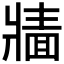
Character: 𱭔